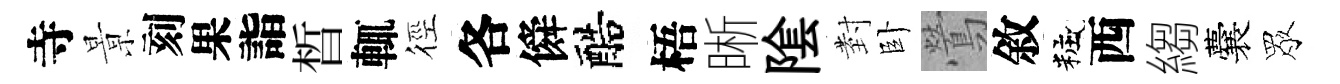
寺㬌刻果詣晳輒徑各僢醅梧晰隂𭔹卧鶯敘粧西縐囊眾